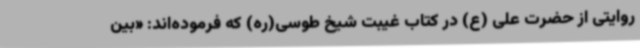
روایتی از حضرت علی (ع) در کتاب غیبت شیخ طوسی(ره) که فرموده‌اند: «بین